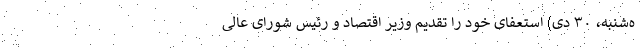
ه‌شنبه، ۳۰ دی) استعفای خود را تقدیم وزیر اقتصاد و رئیس شورای عالی